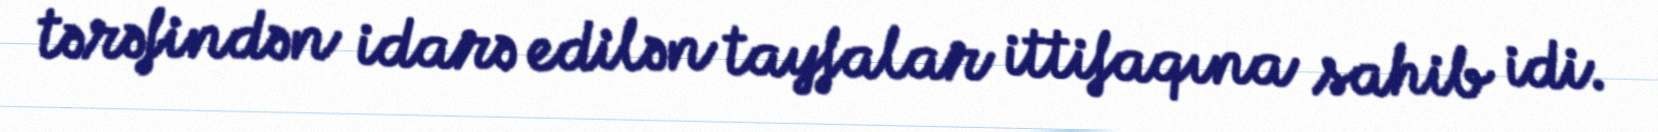
tərəfindən idarə edilən tayfalar ittifaqına sahib idi.